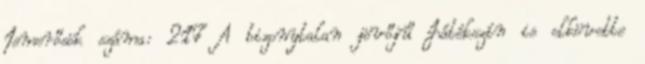
Ismerősök száma: 217 A bizonytalan jövőjű Játékszín is elkövette